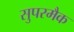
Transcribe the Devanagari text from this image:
सुपरमैक